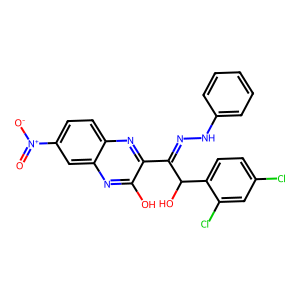
SMILES: O=[N+]([O-])c1ccc2nc(C(=NNc3ccccc3)C(O)c3ccc(Cl)cc3Cl)c(O)nc2c1
Inhibits HIV replication: No